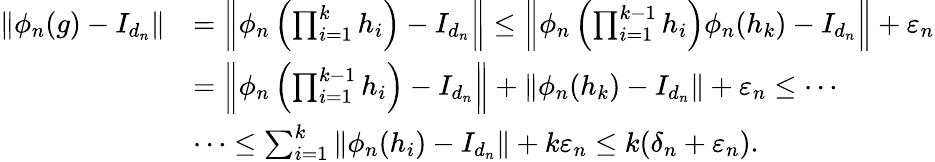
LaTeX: \begin{array}{rl}{\| \phi_{n}(g)-I_{d_{n}}\| }&{=\left\| \phi_{n}\left(\prod_{i=1}^{k}h_{i}\right)-I_{d_{n}}\right\| \leq\left\| \phi_{n}\left(\prod_{i=1}^{k-1}h_{i}\right)\phi_{n}(h_{k})-I_{d_{n}}\right\| +\varepsilon_{n}}\\ &{=\left\| \phi_{n}\left(\prod_{i=1}^{k-1}h_{i}\right)-I_{d_{n}}\right\| +\| \phi_{n}(h_{k})-I_{d_{n}}\| +\varepsilon_{n}\leq\cdots}\\ &{\cdots\leq\sum_{i=1}^{k}\| \phi_{n}(h_{i})-I_{d_{n}}\| +k\varepsilon_{n}\leq k(\delta_{n}+\varepsilon_{n}).}\end{array}